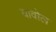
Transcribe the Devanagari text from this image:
यावोल